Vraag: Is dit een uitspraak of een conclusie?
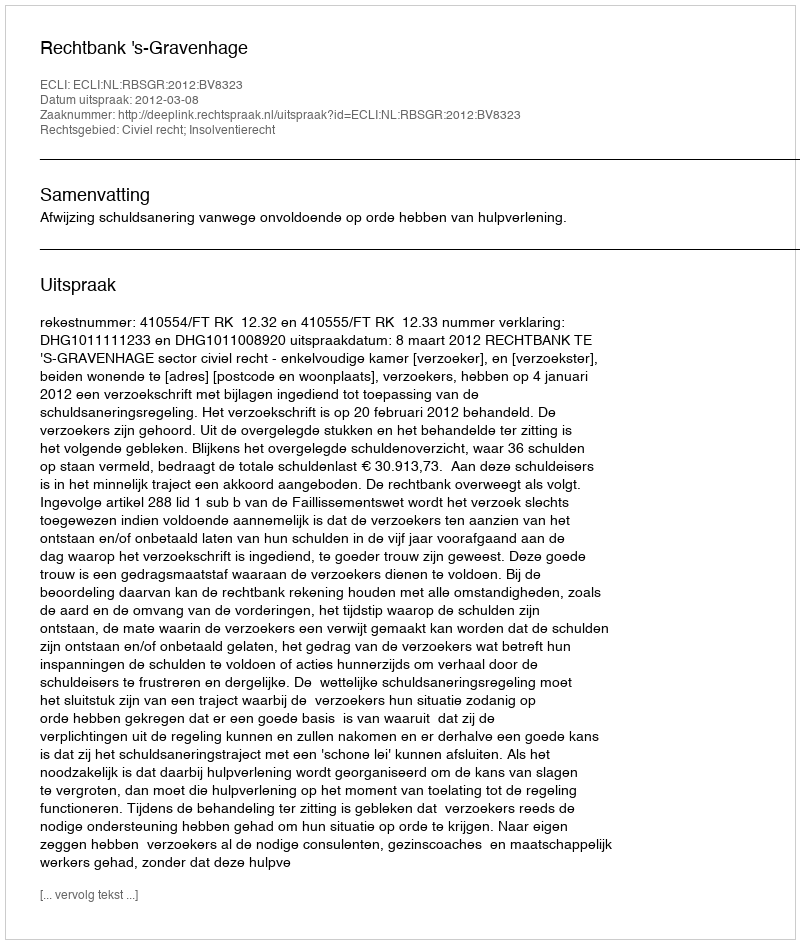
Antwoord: Uitspraak